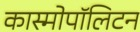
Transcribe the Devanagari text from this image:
कास्मोपॉलिटन